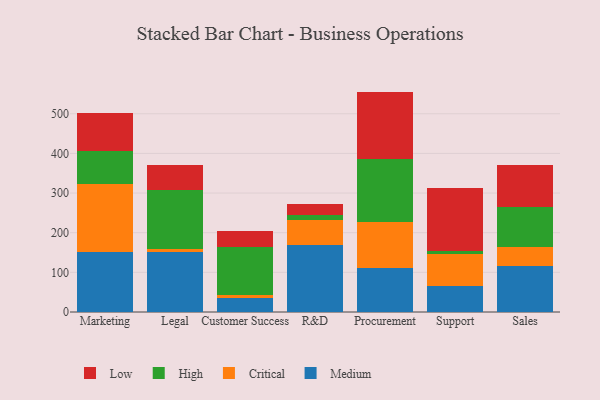
{"axis": {"x": "Department", "y": "Production Output"}, "legend": ["Critical", "High", "Low", "Medium"], "data": [{"x": "Marketing", "y": 151.4, "type": "Medium"}, {"x": "Marketing", "y": 170.6, "type": "Critical"}, {"x": "Marketing", "y": 83.2, "type": "High"}, {"x": "Marketing", "y": 96.6, "type": "Low"}, {"x": "Legal", "y": 151.9, "type": "Medium"}, {"x": "Legal", "y": 7.5, "type": "Critical"}, {"x": "Legal", "y": 148.9, "type": "High"}, {"x": "Legal", "y": 62.4, "type": "Low"}, {"x": "Customer Success", "y": 36.1, "type": "Medium"}, {"x": "Customer Success", "y": 7.4, "type": "Critical"}, {"x": "Customer Success", "y": 121.5, "type": "High"}, {"x": "Customer Success", "y": 39.6, "type": "Low"}, {"x": "R&D", "y": 169.2, "type": "Medium"}, {"x": "R&D", "y": 62.5, "type": "Critical"}, {"x": "R&D", "y": 13.0, "type": "High"}, {"x": "R&D", "y": 27.8, "type": "Low"}, {"x": "Procurement", "y": 110.9, "type": "Medium"}, {"x": "Procurement", "y": 117.0, "type": "Critical"}, {"x": "Procurement", "y": 157.5, "type": "High"}, {"x": "Procurement", "y": 170.5, "type": "Low"}, {"x": "Support", "y": 66.4, "type": "Medium"}, {"x": "Support", "y": 80.3, "type": "Critical"}, {"x": "Support", "y": 6.0, "type": "High"}, {"x": "Support", "y": 159.0, "type": "Low"}, {"x": "Sales", "y": 115.1, "type": "Medium"}, {"x": "Sales", "y": 48.2, "type": "Critical"}, {"x": "Sales", "y": 100.6, "type": "High"}, {"x": "Sales", "y": 107.5, "type": "Low"}]}